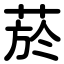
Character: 菸